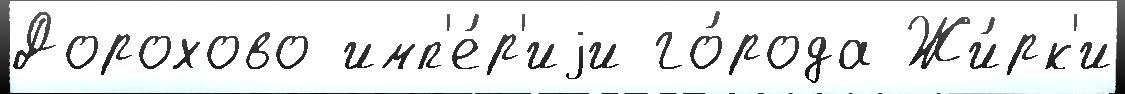
Дорохово имп'е́р'иjи го́рода Жи́рк'и